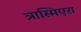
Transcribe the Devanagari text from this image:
त्रास्मिएरा